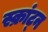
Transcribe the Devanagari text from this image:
स्क्रांट्न